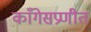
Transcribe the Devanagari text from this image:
काँगेसप्रणीत